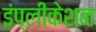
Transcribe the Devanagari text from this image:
इंप्लीकेशन